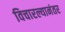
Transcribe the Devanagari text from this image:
विचारल्यानंतर